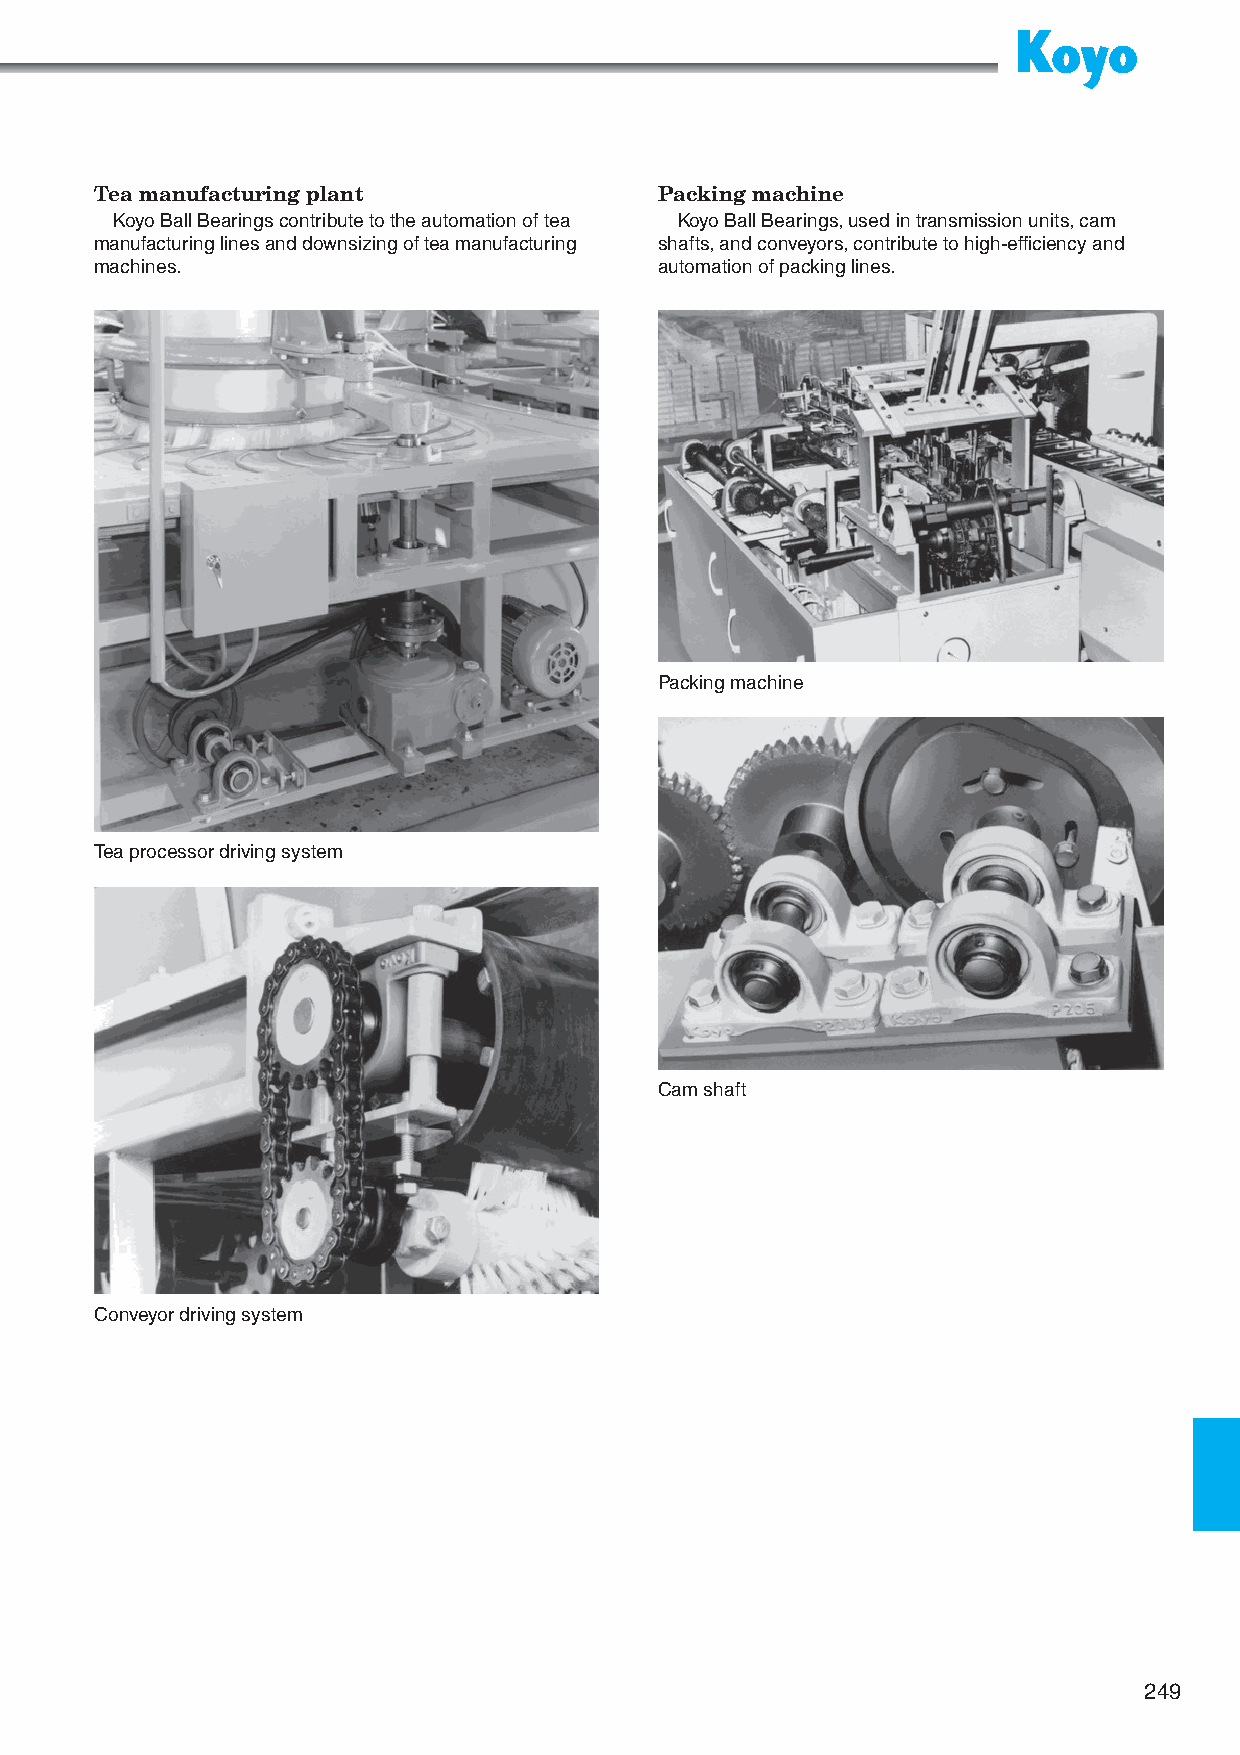
Tea manufacturing plant               Packing machine
 Koyo Ball Bearings contribute to the automation of tea Koyo Ball Bearings, used in transmission units, cam
 manufacturing lines and downsizing of tea manufacturing shafts, and conveyors, contribute to high-efficiency and
 machines.                             automation of packing lines.
 Packing machine
 Tea processor driving system
 Cam shaft
 Conveyor driving system
 249